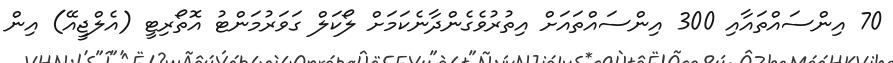
70 އިންސައްތައާއި 300 އިންސައްތައަށް އިތުރުވެގެންދާނެކަމަށް ލޯކަލް ގަވަރުމަންޓު އޮތޯރިޓީ (އެލްޖީއޭ) އިން